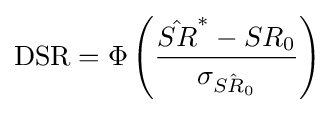
{\text{DSR}}=\Phi \left({\frac {{\hat {SR}}^{*}-SR_{0}}{\sigma _{\hat {SR_{0}}}}}\right)